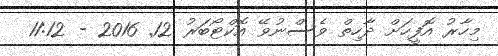
މިހާރު އޮފީހަށް ދާހިތް ވެސްނުވޭ އޮކްޓޯބަރު 12